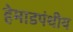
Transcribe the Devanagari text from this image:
हेमाडपंथीय